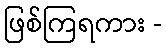
ဖြစ်ကြရကား -